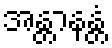
အန္တာနန္တံ